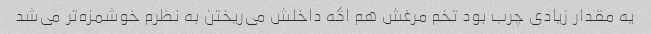
یه مقدار زیادی چرب بود تخم مرغش هم اگه داخلش می‌ریختن به نظرم خوشمزه‌تر می‌شد